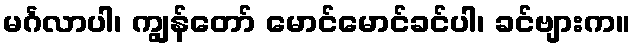
မင်္ဂလာပါ၊ ကျွန်တော် မောင်မောင်ခင်ပါ၊ ခင်ဗျားက။